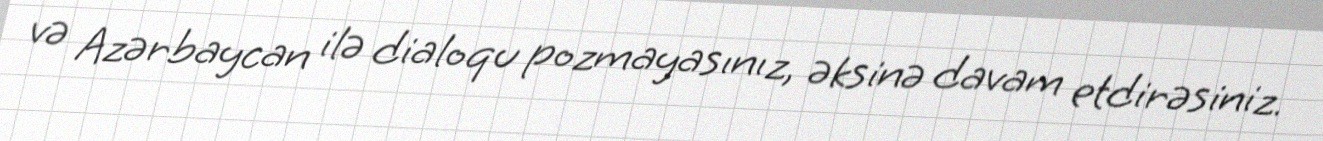
və Azərbaycan ilə dialoqu pozmayasınız, əksinə davam etdirəsiniz.